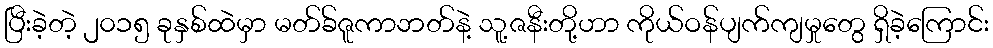
ပြီးခဲ့တဲ့ ၂၀၁၅ ခုနှစ်ထဲမှာ မတ်ခ်ဇူကာဘတ်နဲ့ သူ့ဇနီးတို့ဟာ ကိုယ်ဝန်ပျက်ကျမှုတွေ ရှိခဲ့ကြောင်း